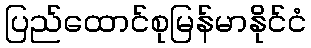
ပြည်ထောင်စုမြန်မာနိုင်ငံ